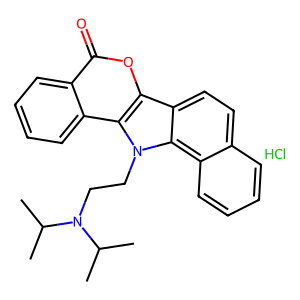
SMILES: CC(C)N(CCn1c2c3ccccc3ccc2c2oc(=O)c3ccccc3c21)C(C)C.Cl
Inhibits HIV replication: No